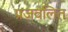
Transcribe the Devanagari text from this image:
प्रजवलित